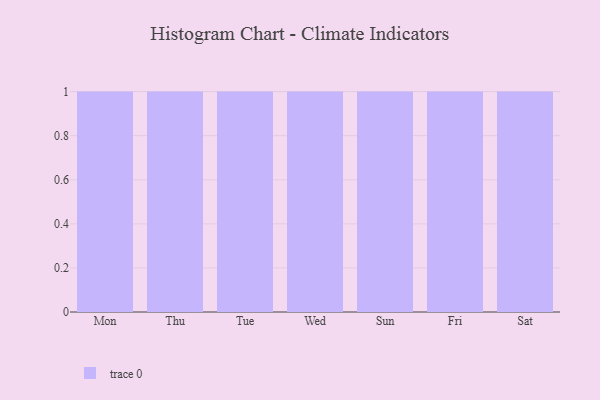
{"axis": {"x": "Day", "y": "Bounce Rate (%)"}, "legend": [""], "data": [{"x": "Mon", "y": 18, "type": ""}, {"x": "Thu", "y": 8, "type": ""}, {"x": "Tue", "y": 60, "type": ""}, {"x": "Wed", "y": 68, "type": ""}, {"x": "Sun", "y": 50, "type": ""}, {"x": "Fri", "y": 5, "type": ""}, {"x": "Sat", "y": 90, "type": ""}]}